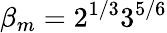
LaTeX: \beta_{m}=2^{1/3}3^{5/6}